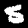
Digit: 5